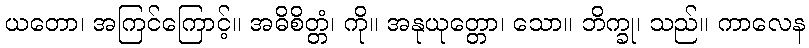
ယတော၊ အကြင်ကြောင့်။ အဓိစိတ္တံ၊ ကို။ အနုယုတ္တော၊ သော။ ဘိက္ခု၊ သည်။ ကာလေန